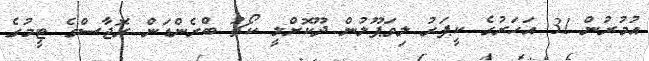
އުމުރުން 31 އަހަރުގެ ކީޕަރު ލިވަޕޫލުން ދޫކޮށްލީ ކޯޗު ބްރެންޑަން ރޮޖާސްގެ ޓީމުގެ